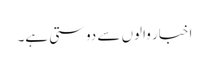
اخبار والوں سے دوستی ہے۔